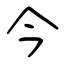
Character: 今